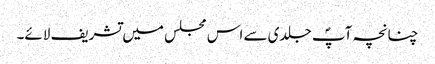
چنانچہ آپؐ جلدی سے اس مجلس میں تشریف لائے۔